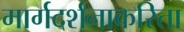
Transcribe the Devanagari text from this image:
मार्गदर्शनाकरिता